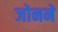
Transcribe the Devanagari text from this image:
जोनने